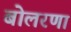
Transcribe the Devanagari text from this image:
बोलरणा